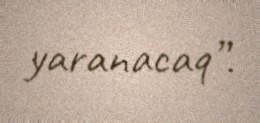
yaranacaq”.